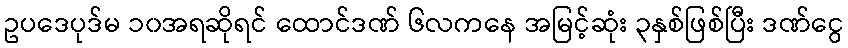
ဥပဒေပုဒ်မ ၁၀အရဆိုရင် ထောင်ဒဏ် ၆လကနေ အမြင့်ဆုံး ၃နှစ်ဖြစ်ပြီး ဒဏ်ငွေ